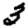
Digit: 3